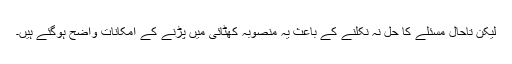
لیکن تاحال مسئلے کا حل نہ نکلنے کے باعث یہ منصوبہ کھٹائی میں پڑنے کے امکانات واضح ہوگئے ہیں۔